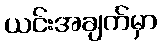
ယင်းအချက်မှာ